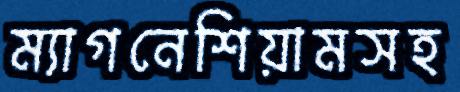
ম্যাগনেশিয়ামসহ